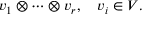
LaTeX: v _ { 1 } \otimes \cdots \otimes v _ { r } , \quad v _ { i } \in V .